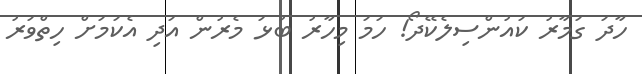
ހާދަ ގަމާރު ކައުންސިލެކޭދޯ! ހަމަ މިހާރު ބުޅަަ މެރުން އަދި އެކަމަށް ހިތްވަރު